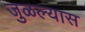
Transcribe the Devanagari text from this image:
जुळल्यास